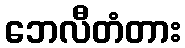
ဘေလီတံတား